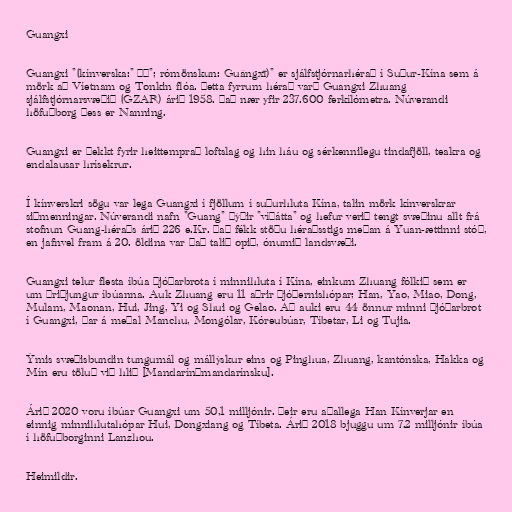
Guangxi

Guangxi "(kínverska:" 广西"; rómönskun: Guǎngxī)" er sjálfstjórnarhérað í Suður-Kína sem á
mörk að Víetnam og Tonkin flóa. Þetta fyrrum hérað varð Guangxi Zhuang
sjálfstjórnarsvæðið (GZAR) árið 1958. Það nær yfir 237.600 ferkílómetra. Núverandi
höfuðborg þess er Nanning.

Guangxi er þekkt fyrir heittemprað loftslag og hin háu og sérkennilegu tindafjöll, teakra og
endalausar hrísekrur.

Í kínverskri sögu var lega Guangxi í fjöllum í suðurhluta Kína, talin mörk kínverskrar
siðmenningar. Núverandi nafn "Guang" þýðir "víðátta" og hefur verið tengt svæðinu allt frá
stofnun Guang-héraðs árið 226 e.Kr. Það fékk stöðu héraðsstigs meðan á Yuan-ættinni stóð,
en jafnvel fram á 20. öldina var það talið opið, ónumið landsvæði.

Guangxi telur flesta íbúa þjóðarbrota í minnihluta í Kína, einkum Zhuang fólkið sem er
um þriðjungur íbúanna. Auk Zhuang eru 11 aðrir þjóðernishópar; Han, Yao, Miao, Dong,
Mulam, Maonan, Hui, Jing, Yi og Shui og Gelao. Að auki eru 44 önnur minni þjóðarbrot
í Guangxi, þar á meðal Manchu, Mongólar, Kóreubúar, Tíbetar, Li og Tujia.

Ýmis svæðisbundin tungumál og mállýskur eins og Pinghua, Zhuang, kantónska, Hakka og
Mín eru töluð við hlið [Mandarín|mandarínsku].

Árið 2020 voru íbúar Guangxi um 50,1 milljónir. Þeir eru aðallega Han Kínverjar en
einnig minnihlutahópar Hui, Dongxiang og Tíbeta. Árið 2018 bjuggu um 7.2 milljónir íbúa
í höfuðborginni Lanzhou.

Heimildir.